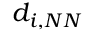
d _ { i , N N }